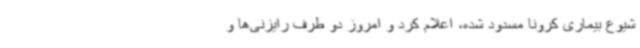
شیوع بیماری کرونا مسدود شده، اعلام کرد و امروز دو طرف رایزنی‌ها و